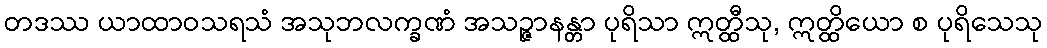
တဒဿ ယာထာဝသရသံ အသုဘလက္ခဏံ အသဉ္ဇာနန္တာ ပုရိသာ ဣတ္ထီသု, ဣတ္ထိယော စ ပုရိသေသု